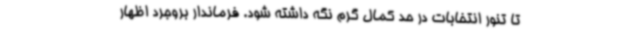
تا تنور انتخابات در حد کمال گرم نگه داشته شود. فرماندار بروجرد اظهار